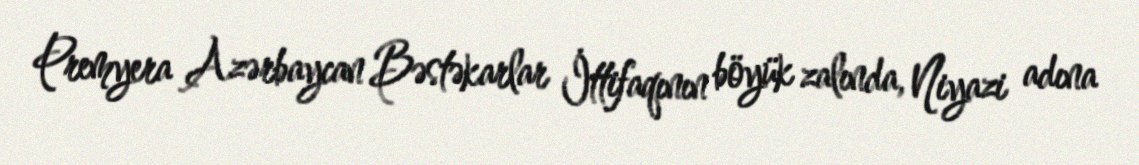
Premyera Azərbaycan Bəstəkarlar İttifaqının böyük zalında, Niyazi adına